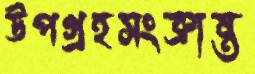
উপগ্রহসংক্রান্ত